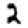
Digit: 2